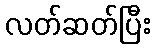
လတ်ဆတ်ပြီး